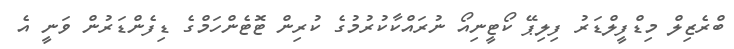
ބްރެޒިލް މިޑްފީލްޑަރު ފިލިޕޭ ކޯޓީނިއޯ ނުރައްކާކުރުމުގެ ކުރިން ޓޮޓެންހަމްގެ ޑިފެންޑަރުން ވަނީ އެ